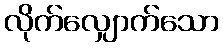
လိုက်လျှောက်သော